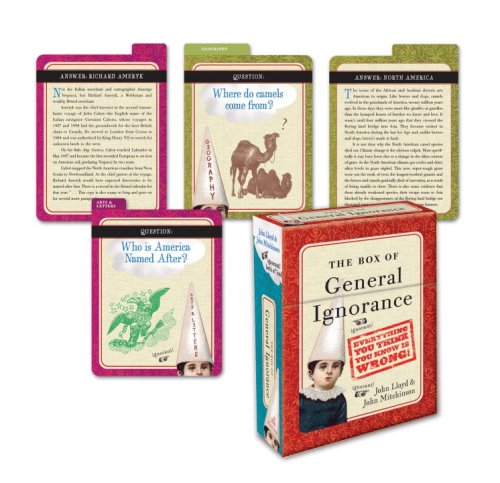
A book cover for The Box of General Ignorance: 100 Flash Cards to Entertain Your Brain; John Mitchinson; Humor & Entertainment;